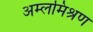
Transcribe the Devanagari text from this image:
अम्लमिश्रण